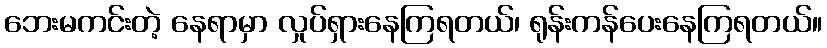
ဘေးမကင်းတဲ့ နေရာမှာ လှုပ်ရှားနေကြရတယ်၊ ရုန်းကန်ပေးနေကြရတယ်။